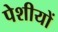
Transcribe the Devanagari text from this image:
पेशीयों